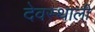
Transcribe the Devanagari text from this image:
देवस्थाली